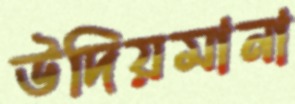
উদিয়মানা